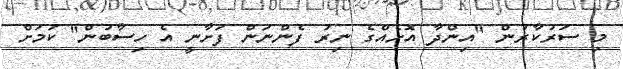
މި ސަރުކާރުން "އިންދާ އޮށެއްގެ ނިރު ފެންނަން ފަށާނީ އެ ހިސާބުން" ކަމަށް